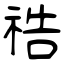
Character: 祰